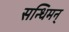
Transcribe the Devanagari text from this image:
सन्धिमन्